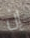
إن